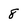
Character: 8